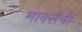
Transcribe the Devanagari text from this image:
मार्क्सची